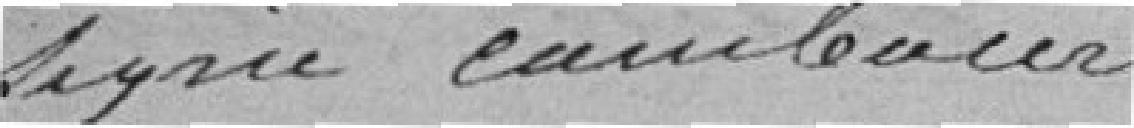
signé Cambacerès